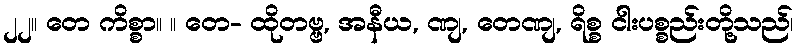
၂၂။ တေ ကိစ္စာ။ ။ တေ- ထိုတဗ္ဗ, အနီယ, ဏျ, တေဏျ, ရိစ္စ ငါးပစ္စည်းတို့သည်၊